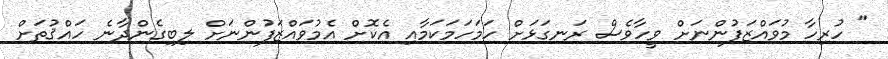
" ހުރިހާ މުވައްޒަފުންނަށް ވީހާވެސް ރަނގަޅަށް ހަމަހަމަކަމާއި އެކޮށް އެމުވައްޒަފުންނަށް ލިބިގެންދާނެ ހައްޤުތަށް